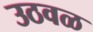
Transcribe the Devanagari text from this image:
उठवळ